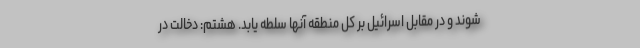
شوند و در مقابل اسرائیل بر کل منطقه آنها سلطه یابد. هشتم: دخالت در